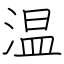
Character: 温